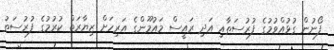
ފޯނުން ގުޅުއްވުމުގެ ފުރުސަތާއި އަދި ރައީސް މައުމޫންގެ އަރިހަށް ޒިޔާރަތް ކުރުމުގެ ފުރުސަތު